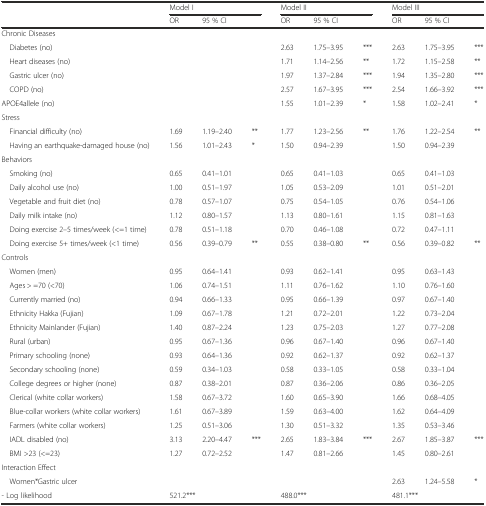
<table><thead><tr><td></td><td colspan="3"><b>Model I</b></td><td colspan="3"><b>Model II</b></td><td colspan="3"><b>Model III</b></td></tr><tr><td></td><td><b>OR</b></td><td><b>95 % CI</b></td><td></td><td><b>OR</b></td><td><b>95 % CI</b></td><td></td><td><b>OR</b></td><td><b>95 % CI</b></td><td></td></tr></thead><tbody><tr><td>Chronic Diseases</td><td></td><td></td><td></td><td></td><td></td><td></td><td></td><td></td><td></td></tr><tr><td> Diabetes (no)</td><td></td><td></td><td></td><td>2.63</td><td>1.75–3.95</td><td>***</td><td>2.63</td><td>1.75–3.95</td><td>***</td></tr><tr><td> Heart diseases (no)</td><td></td><td></td><td></td><td>1.71</td><td>1.14–2.56</td><td>**</td><td>1.72</td><td>1.15–2.58</td><td>**</td></tr><tr><td> Gastric ulcer (no)</td><td></td><td></td><td></td><td>1.97</td><td>1.37–2.84</td><td>***</td><td>1.94</td><td>1.35–2.80</td><td>***</td></tr><tr><td> COPD (no)</td><td></td><td></td><td></td><td>2.57</td><td>1.67–3.95</td><td>***</td><td>2.54</td><td>1.66–3.92</td><td>***</td></tr><tr><td>APOE4allele (no)</td><td></td><td></td><td></td><td>1.55</td><td>1.01–2.39</td><td>*</td><td>1.58</td><td>1.02–2.41</td><td>*</td></tr><tr><td>Stress</td><td></td><td></td><td></td><td></td><td></td><td></td><td></td><td></td><td></td></tr><tr><td> Financial difficulty (no)</td><td>1.69</td><td>1.19–2.40</td><td>**</td><td>1.77</td><td>1.23–2.56</td><td>**</td><td>1.76</td><td>1.22–2.54</td><td>**</td></tr><tr><td> Having an earthquake-damaged house (no)</td><td>1.56</td><td>1.01–2.43</td><td>*</td><td>1.50</td><td>0.94–2.39</td><td></td><td>1.50</td><td>0.94–2.39</td><td></td></tr><tr><td>Behaviors</td><td></td><td></td><td></td><td></td><td></td><td></td><td></td><td></td><td></td></tr><tr><td> Smoking (no)</td><td>0.65</td><td>0.41–1.01</td><td></td><td>0.65</td><td>0.41–1.03</td><td></td><td>0.65</td><td>0.41–1.03</td><td></td></tr><tr><td> Daily alcohol use (no)</td><td>1.00</td><td>0.51–1.97</td><td></td><td>1.05</td><td>0.53–2.09</td><td></td><td>1.01</td><td>0.51–2.01</td><td></td></tr><tr><td> Vegetable and fruit diet (no)</td><td>0.78</td><td>0.57–1.07</td><td></td><td>0.75</td><td>0.54–1.05</td><td></td><td>0.76</td><td>0.54–1.06</td><td></td></tr><tr><td> Daily milk intake (no)</td><td>1.12</td><td>0.80–1.57</td><td></td><td>1.13</td><td>0.80–1.61</td><td></td><td>1.15</td><td>0.81–1.63</td><td></td></tr><tr><td> Doing exercise 2–5 times/week (&lt;=1 time)</td><td>0.78</td><td>0.51–1.18</td><td></td><td>0.70</td><td>0.46–1.08</td><td></td><td>0.72</td><td>0.47–1.11</td><td></td></tr><tr><td> Doing exercise 5+ times/week (&lt;1 time)</td><td>0.56</td><td>0.39–0.79</td><td>**</td><td>0.55</td><td>0.38–0.80</td><td>**</td><td>0.56</td><td>0.39–0.82</td><td>**</td></tr><tr><td>Controls</td><td></td><td></td><td></td><td></td><td></td><td></td><td></td><td></td><td></td></tr><tr><td> Women (men)</td><td>0.95</td><td>0.64–1.41</td><td></td><td>0.93</td><td>0.62–1.41</td><td></td><td>0.95</td><td>0.63–1.43</td><td></td></tr><tr><td> Ages &gt; =70 (&lt;70)</td><td>1.06</td><td>0.74–1.51</td><td></td><td>1.11</td><td>0.76–1.62</td><td></td><td>1.10</td><td>0.76–1.60</td><td></td></tr><tr><td> Currently married (no)</td><td>0.94</td><td>0.66–1.33</td><td></td><td>0.95</td><td>0.66–1.39</td><td></td><td>0.97</td><td>0.67–1.40</td><td></td></tr><tr><td> Ethnicity Hakka (Fujian)</td><td>1.09</td><td>0.67–1.78</td><td></td><td>1.21</td><td>0.72–2.01</td><td></td><td>1.22</td><td>0.73–2.04</td><td></td></tr><tr><td> Ethnicity Mainlander (Fujian)</td><td>1.40</td><td>0.87–2.24</td><td></td><td>1.23</td><td>0.75–2.03</td><td></td><td>1.27</td><td>0.77–2.08</td><td></td></tr><tr><td> Rural (urban)</td><td>0.95</td><td>0.67–1.36</td><td></td><td>0.96</td><td>0.67–1.40</td><td></td><td>0.96</td><td>0.67–1.40</td><td></td></tr><tr><td> Primary schooling (none)</td><td>0.93</td><td>0.64–1.36</td><td></td><td>0.92</td><td>0.62–1.37</td><td></td><td>0.92</td><td>0.62–1.37</td><td></td></tr><tr><td> Secondary schooling (none)</td><td>0.59</td><td>0.34–1.03</td><td></td><td>0.58</td><td>0.33–1.05</td><td></td><td>0.58</td><td>0.33–1.04</td><td></td></tr><tr><td> College degrees or higher (none)</td><td>0.87</td><td>0.38–2.01</td><td></td><td>0.87</td><td>0.36–2.06</td><td></td><td>0.86</td><td>0.36–2.05</td><td></td></tr><tr><td> Clerical (white collar workers)</td><td>1.58</td><td>0.67–3.72</td><td></td><td>1.60</td><td>0.65–3.90</td><td></td><td>1.66</td><td>0.68–4.05</td><td></td></tr><tr><td> Blue-collar workers (white collar workers)</td><td>1.61</td><td>0.67–3.89</td><td></td><td>1.59</td><td>0.63–4.00</td><td></td><td>1.62</td><td>0.64–4.09</td><td></td></tr><tr><td> Farmers (white collar workers)</td><td>1.25</td><td>0.51–3.06</td><td></td><td>1.30</td><td>0.51–3.32</td><td></td><td>1.35</td><td>0.53–3.46</td><td></td></tr><tr><td> IADL disabled (no)</td><td>3.13</td><td>2.20–4.47</td><td>***</td><td>2.65</td><td>1.83–3.84</td><td>***</td><td>2.67</td><td>1.85–3.87</td><td>***</td></tr><tr><td> BMI &gt;23 (&lt;=23)</td><td>1.27</td><td>0.72–2.52</td><td></td><td>1.47</td><td>0.81–2.66</td><td></td><td>1.45</td><td>0.80–2.61</td><td></td></tr><tr><td>Interaction Effect</td><td></td><td></td><td></td><td></td><td></td><td></td><td></td><td></td><td></td></tr><tr><td> Women*Gastric ulcer</td><td></td><td></td><td></td><td></td><td></td><td></td><td>2.63</td><td>1.24–5.58</td><td>*</td></tr><tr><td>- Log likelihood</td><td colspan="3">521.2***</td><td colspan="3">488.0***</td><td colspan="3">481.1***</td></tr></tbody></table>